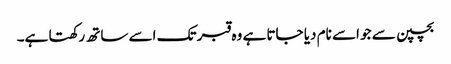
بچپن سے جو اسے نام دیا جاتا ہے وہ قبر تک اسے ساتھ رکھتا ہے۔